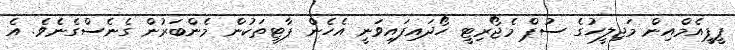
ޕީޕީއެމްއިން މަޖިލީހުގެ ސުޕް މެޖޯރިޓީ ހޯދައިފައިވަނީ އެހެން ޕާޓީތަކުން މެންބަރުން ގެނެސްގެނެވެ. އެ